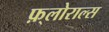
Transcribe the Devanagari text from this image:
फ़्लोराल्स